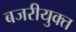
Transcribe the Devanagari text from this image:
बजरीयुक्त